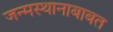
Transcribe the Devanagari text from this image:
जन्मस्थानाबाबत